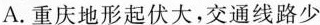
A.重庆地形起伏大，交通线路少